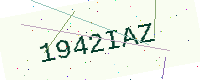
Text: 1942IAZ